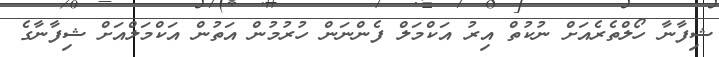
ޝިފާނާ ހޯލްތެރެއަށް ނުކުތް އިރު އަކްމަލް ފެންނަން ހުރުމުން އަތުން އަކްމަލްއަށް ޝިފާނާގެ